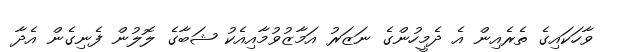
ވާހަކައިގެ ތެރެއިން އެ ދެމީހުންގެ ނަޒަރު އަމާޒުވުމާއިއެކު ޝަބާގެ ލޮލުން ފެނިގެން އެދާ